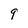
Character: 9